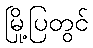
မြို့ပြတွင်